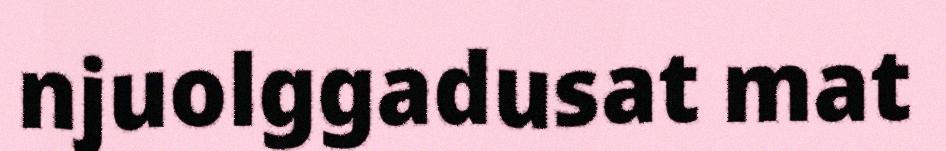
njuolggadusat mat